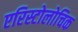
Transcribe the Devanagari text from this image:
एरिस्टोलोचिक